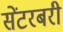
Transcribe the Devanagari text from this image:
सेंटरबरी